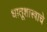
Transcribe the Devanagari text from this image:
धातूशास्त्राचे